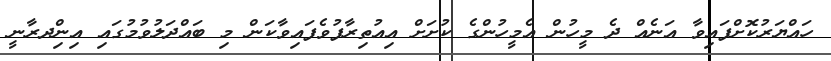
ހައްޔަރުކޮށްފައިވާ އަނެއް ދެ މީހުން އެމީހުންގެ ކުށަށް އިއުތިރާފުވެފައިވާކަން މި ބައްދަލުވުމުގައި އިންިދރާނީ